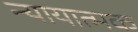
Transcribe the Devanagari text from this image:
न्यायात्मक